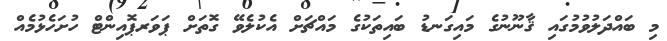
މި ބައްދަލުވުމުގައި ޤާނޫނުގެ މައިގަނޑު ބައިތަކުގެ މައްޗަށް އެކުލެވޭ ގޮތަށް ޕަވަރޕޮއިންޓް ހުށަހެޅުމެއް